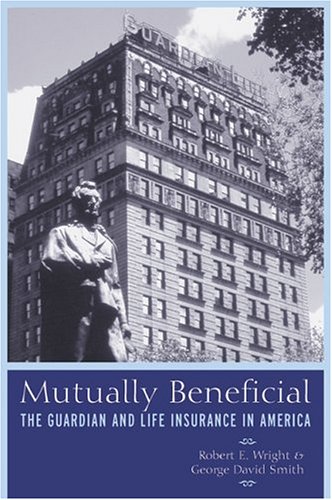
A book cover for Mutually Beneficial: The Guardian and Life Insurance in America; Robert E. Wright; Law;